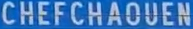
CHEFCHAOUEN